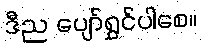
ဒီည ပျော်ရွှင်ပါစေ။